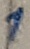
Text: 1